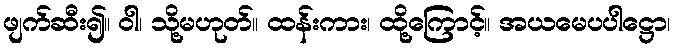
ဖျက်ဆီး၍။ ဝါ၊ သို့မဟုတ်။ ထန်းကား၊ ထို့ကြောင့်။ အယမေပပါဋ္ဌော၊